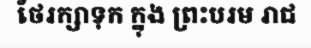
ថែរក្សាទុក ក្នុង ព្រះបរម រាជ